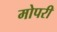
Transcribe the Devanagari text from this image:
मोपरी